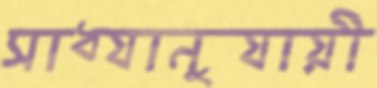
সাধ্যানুযায়ী